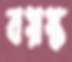
বয়স্ক